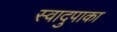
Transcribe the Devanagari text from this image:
स्वादुपाका